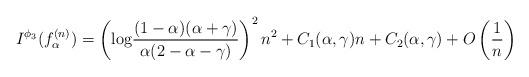
LaTeX: \begin{align*} \begin{array}{l} \displaystyle I^{\phi_3}(f^{(n)}_{\alpha}) = \left( {\rm log} \frac{(1-\alpha)(\alpha+\gamma)}{\alpha(2-\alpha-\gamma)} \right)^2 n^2 + C_1(\alpha,\gamma)n + C_2(\alpha,\gamma) + O \left(\frac{1}{n} \right)\end{array}\end{align*}